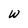
Character: w